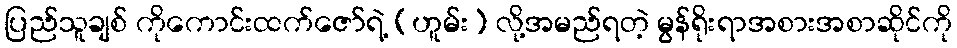
ပြည်သူချစ် ကိုကောင်းထက်ဇော်ရဲ့ (ဟူမ်း) လို့အမည်ရတဲ့ မွန်ရိုးရာအစားအစာဆိုင်ကို